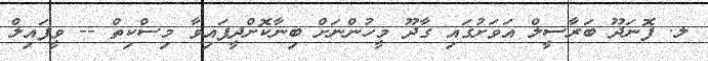
ލ. ފޮނަދޫ ބަރާސީލް އަވަށުގައި ގާދޫ މީހުންނަށް ބިނާކޮށްދީފައިވާ މިސްކިތް -- ވީފައިލް